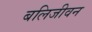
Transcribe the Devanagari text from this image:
बलिजीवन